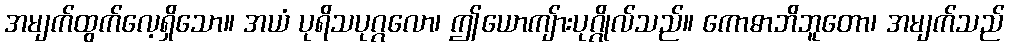
အမျက်ထွက်လေ့ရှိသော။ အယံ ပုရိသပုဂ္ဂလော၊ ဤယောကျ်ားပုဂ္ဂိုလ်သည်။ ကောဓာဘိဘူတော၊ အမျက်သည်